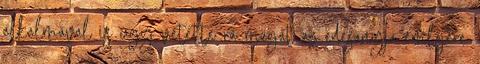
alkalmával is úgy vetette rá magát az édesanyja emlõjére